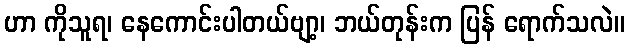
ဟာ ကိုသူရ၊ နေကောင်းပါတယ်ဗျာ့၊ ဘယ်တုန်းက ပြန် ရောက်သလဲ။